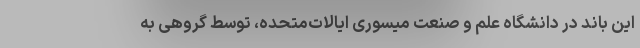
این باند در دانشگاه علم و صنعت میسوری ایالات‌متحده، توسط گروهی به